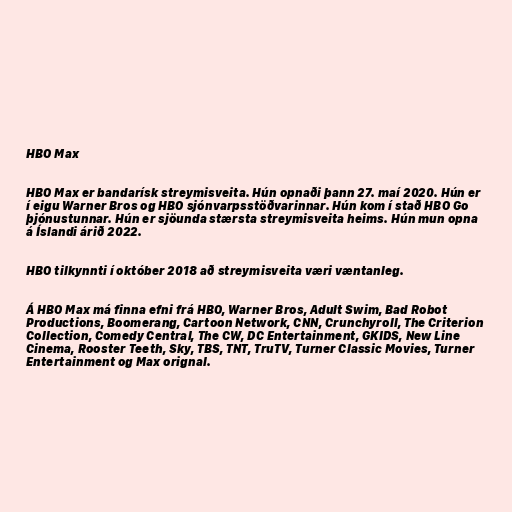
HBO Max

HBO Max er bandarísk streymisveita. Hún opnaði þann 27. maí 2020. Hún er
í eigu Warner Bros og HBO sjónvarpsstöðvarinnar. Hún kom í stað HBO Go
þjónustunnar. Hún er sjöunda stærsta streymisveita heims. Hún mun opna
á Íslandi árið 2022.

HBO tilkynnti í október 2018 að streymisveita væri væntanleg.

Á HBO Max má finna efni frá HBO, Warner Bros, Adult Swim, Bad Robot
Productions, Boomerang, Cartoon Network, CNN, Crunchyroll, The Criterion
Collection, Comedy Central, The CW, DC Entertainment, GKIDS, New Line
Cinema, Rooster Teeth, Sky, TBS, TNT, TruTV, Turner Classic Movies, Turner
Entertainment og Max orignal.